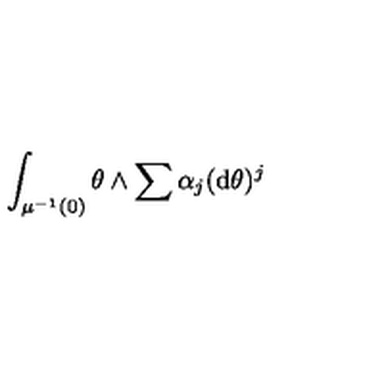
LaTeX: \int _ { \mu ^ { - 1 } ( 0 ) } \theta \wedge \sum \alpha _ { j } ( \mathrm { d } \theta ) ^ { j }